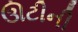
ઊટીની